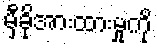
မှီခိုအားထားမှုကို